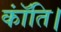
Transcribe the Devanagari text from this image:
कॉंति।